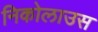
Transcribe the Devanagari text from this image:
निकोलाउस